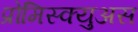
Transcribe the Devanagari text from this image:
प्रोमिस्क्युअस